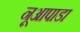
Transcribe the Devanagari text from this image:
नूआपाडा